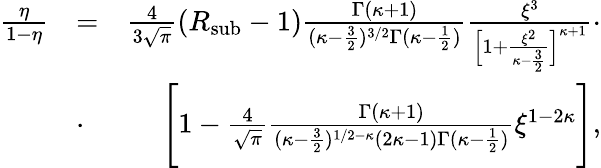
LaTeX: \begin{array}{rlr}{\frac{\eta}{1-\eta}}&{=}&{\frac{4}{3\sqrt{\pi}}(R_{\mathrm{\mathrm{sub}}}-1)\frac{\Gamma(\kappa+1)}{(\kappa-\frac{3}{2})^{3/2}\Gamma(\kappa-\frac{1}{2})}\frac{\xi^{3}}{\Big[1+\frac{\xi^{2}}{\kappa-\frac{3}{2}}\Big]^{\kappa+1}}\cdot}\\ &{\cdot}&{\Bigg[1-\frac{4}{\sqrt{\pi}}\frac{\Gamma(\kappa+1)}{(\kappa-\frac{3}{2})^{1/2-\kappa}(2\kappa-1)\Gamma(\kappa-\frac{1}{2})}\xi^{1-2\kappa}\Bigg],}\end{array}